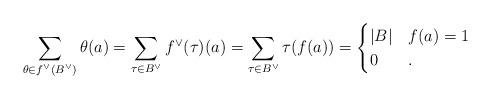
LaTeX: \begin{align*}\displaystyle \sum_{\theta \in f^\vee(B^\vee)} \theta(a) =\sum_{\tau \in B^\vee} f^\vee(\tau)(a) =\sum_{\tau \in B^\vee} \tau(f(a) )=\begin{cases} |B| & f(a)=1\\0 & . \end{cases}\end{align*}